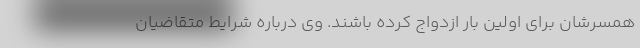
همسرشان برای اولین بار ازدواج کرده باشند. وی درباره شرایط متقاضیان